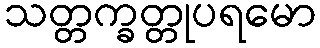
သတ္တက္ခတ္တုပရမော